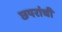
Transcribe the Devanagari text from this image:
छपरांची